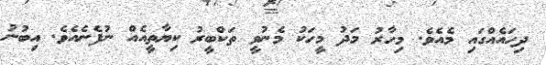
ދިހައެއްގައި މެއެވެ. މިހާރު މަދު މީހަކު މެނުވީ ތަކްބީރު ކިޔާތީއެއް ނުފެނެއެވެ. އިބުނު